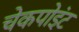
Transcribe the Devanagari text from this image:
चेकपोइंट